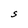
Character: S